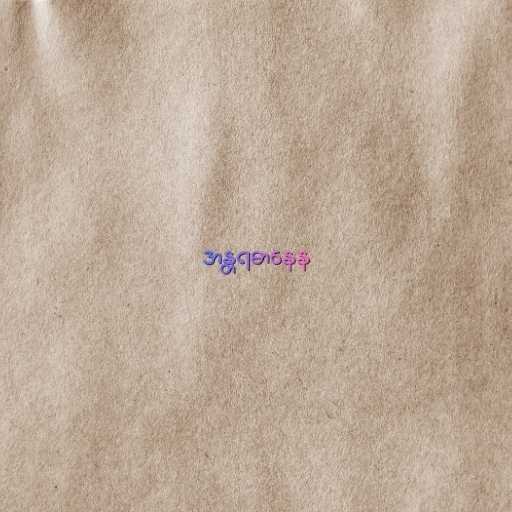
အန္တရဓာနေန